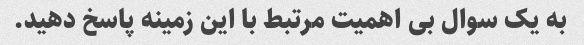
به یک سوال بی اهمیت مرتبط با این زمینه پاسخ دهید.